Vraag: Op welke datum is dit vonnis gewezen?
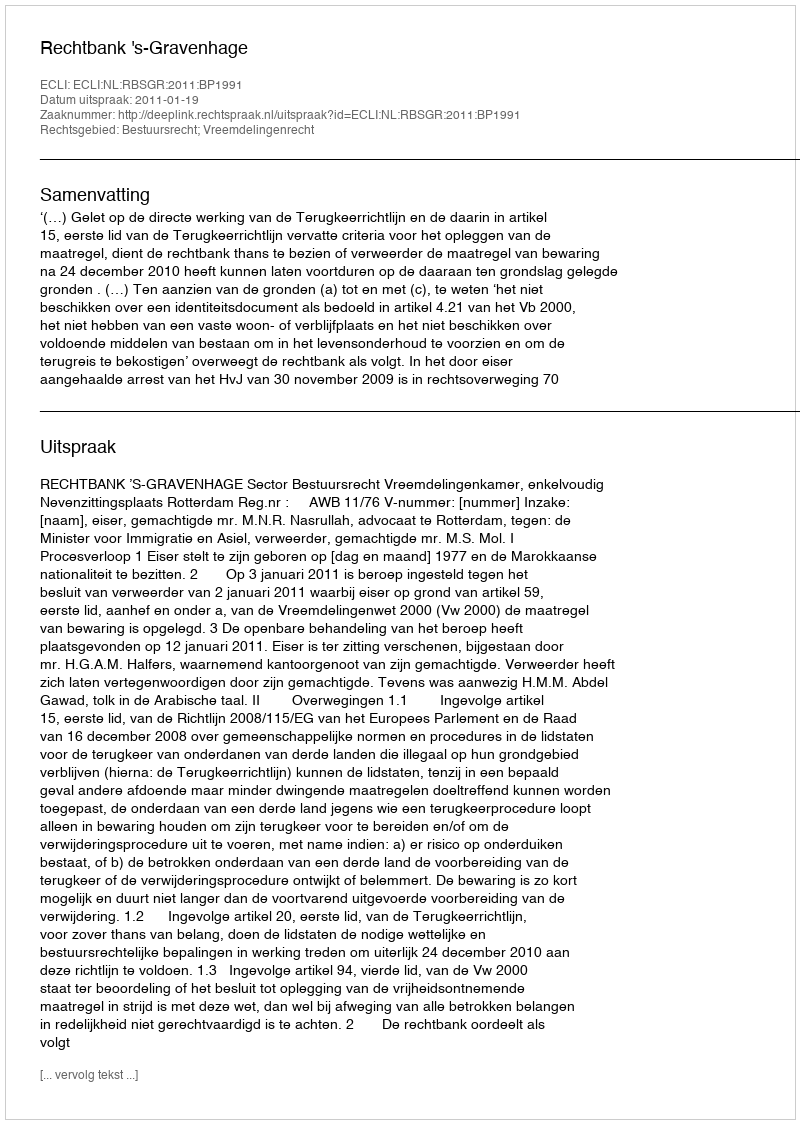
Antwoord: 2011-01-19